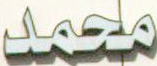
محمد